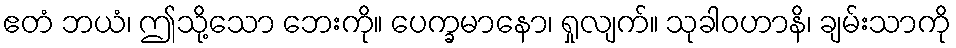
ဧတံ ဘယံ၊ ဤသို့သော ဘေးကို။ ပေက္ခမာနော၊ ရှုလျက်။ သုခါဝဟာနိ၊ ချမ်းသာကို